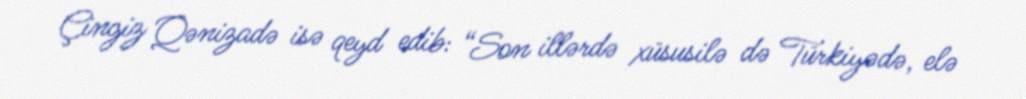
Çingiz Qənizadə isə qeyd edib: “Son illərdə xüsusilə də Türkiyədə, elə